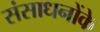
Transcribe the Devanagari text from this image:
संसाधनोंके